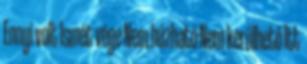
Ennyi volt Ismét vége Nem húzható Nem kerülhető Itt